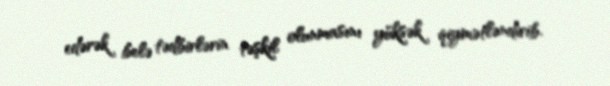
edərək belə tədbirlərin təşkil olunmasını yüksək qiymətləndirib.